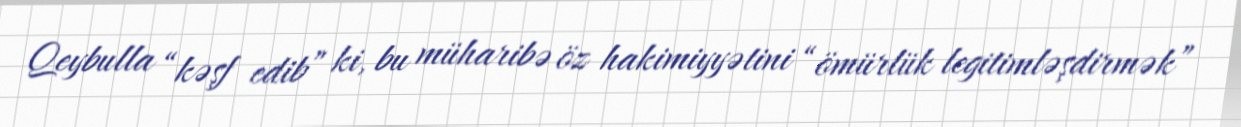
Qeybulla “kəşf edib” ki, bu müharibə öz hakimiyyətini “ömürlük legitimləşdirmək”